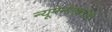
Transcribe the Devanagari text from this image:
न्यूमेनोएक्टोमी